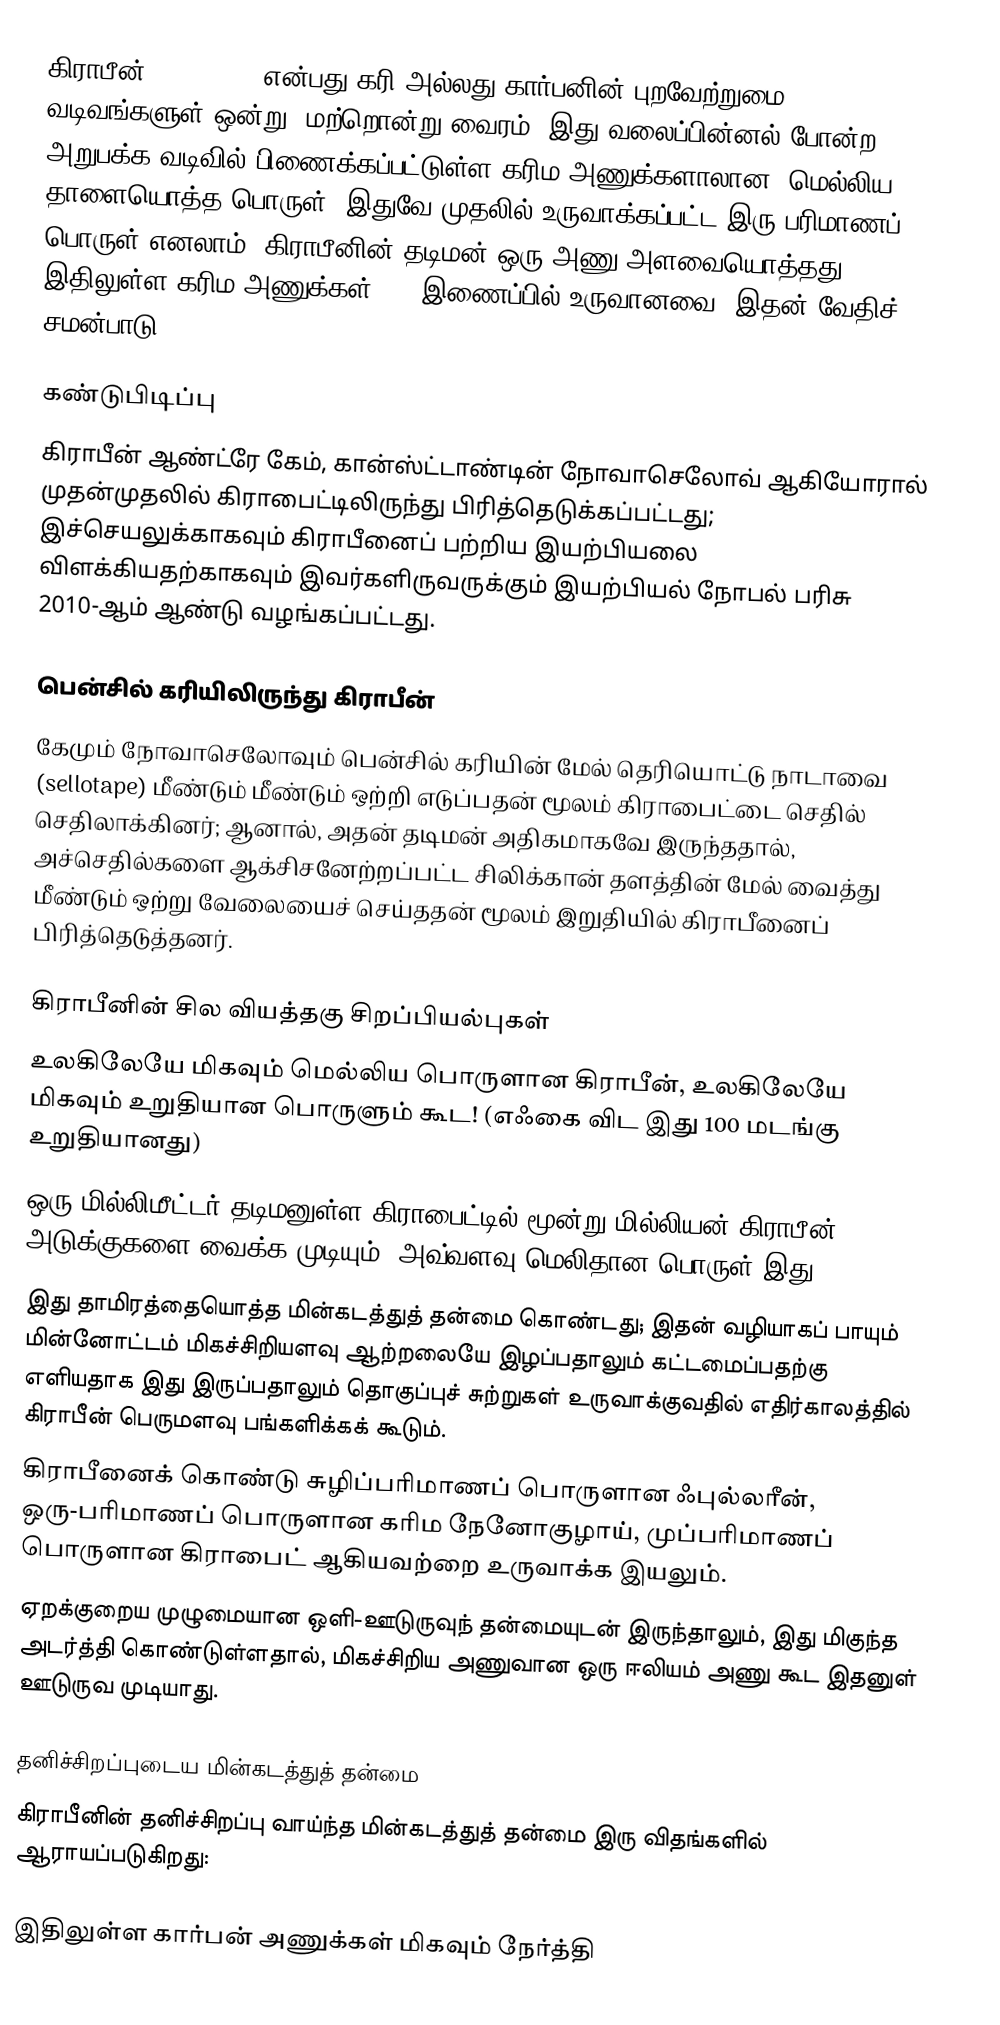
கிராபீன் (Graphene) என்பது கரி அல்லது கார்பனின் புறவேற்றுமை வடிவங்களுள் ஒன்று. மற்றொன்று வைரம். இது வலைப்பின்னல் போன்ற, அறுபக்க வடிவில் பிணைக்கப்பட்டுள்ள கரிம அணுக்களாலான, மெல்லிய தாளையொத்த பொருள். இதுவே முதலில் உருவாக்கப்பட்ட இரு-பரிமாணப் பொருள் எனலாம். கிராபீனின் தடிமன் ஒரு-அணு அளவையொத்தது. இதிலுள்ள கரிம அணுக்கள் sp2 இணைப்பில் உருவானவை; இதன் வேதிச் சமன்பாடு C62H20.

கண்டுபிடிப்பு
கிராபீன் ஆண்ட்ரே கேம், கான்ஸ்ட்டாண்டின் நோவாசெலோவ் ஆகியோரால் முதன்முதலில் கிராபைட்டிலிருந்து பிரித்தெடுக்கப்பட்டது; இச்செயலுக்காகவும் கிராபீனைப் பற்றிய இயற்பியலை விளக்கியதற்காகவும் இவர்களிருவருக்கும் இயற்பியல் நோபல் பரிசு 2010-ஆம் ஆண்டு வழங்கப்பட்டது.

பென்சில் கரியிலிருந்து கிராபீன்
கேமும் நோவாசெலோவும் பென்சில் கரியின் மேல் தெரியொட்டு நாடாவை (sellotape) மீண்டும் மீண்டும் ஒற்றி எடுப்பதன் மூலம் கிராபைட்டை செதில் செதிலாக்கினர்; ஆனால், அதன் தடிமன் அதிகமாகவே இருந்ததால், அச்செதில்களை ஆக்சிசனேற்றப்பட்ட சிலிக்கான் தளத்தின் மேல் வைத்து மீண்டும் ஒற்று வேலையைச் செய்ததன் மூலம் இறுதியில் கிராபீனைப் பிரித்தெடுத்தனர்.

கிராபீனின் சில வியத்தகு சிறப்பியல்புகள்
 உலகிலேயே மிகவும் மெல்லிய பொருளான கிராபீன், உலகிலேயே மிகவும் உறுதியான பொருளும் கூட! (எஃகை விட இது 100 மடங்கு உறுதியானது)
 ஒரு மில்லிமீட்டர் தடிமனுள்ள கிராபைட்டில் மூன்று மில்லியன் கிராபீன் அடுக்குகளை வைக்க முடியும்; அவ்வளவு மெலிதான பொருள் இது.
 இது தாமிரத்தையொத்த மின்கடத்துத் தன்மை கொண்டது; இதன் வழியாகப் பாயும் மின்னோட்டம் மிகச்சிறியளவு ஆற்றலையே இழப்பதாலும் கட்டமைப்பதற்கு எளியதாக இது இருப்பதாலும் தொகுப்புச் சுற்றுகள் உருவாக்குவதில் எதிர்காலத்தில் கிராபீன் பெருமளவு பங்களிக்கக் கூடும்.
 கிராபீனைக் கொண்டு சுழிப்பரிமாணப் பொருளான ஃபுல்லரீன், ஒரு-பரிமாணப் பொருளான கரிம நேனோகுழாய், முப்பரிமாணப் பொருளான கிராபைட் ஆகியவற்றை உருவாக்க இயலும்.
 ஏறக்குறைய முழுமையான ஒளி-ஊடுருவுந் தன்மையுடன் இருந்தாலும், இது மிகுந்த அடர்த்தி கொண்டுள்ளதால், மிகச்சிறிய அணுவான ஒரு ஈலியம் அணு கூட இதனுள் ஊடுருவ முடியாது.

தனிச்சிறப்புடைய மின்கடத்துத் தன்மை
கிராபீனின் தனிச்சிறப்பு வாய்ந்த மின்கடத்துத் தன்மை இரு விதங்களில் ஆராயப்படுகிறது:

 இதிலுள்ள கார்பன் அணுக்கள் மிகவும் நேர்த்தி